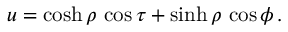
u = \cosh \rho \, \cos \tau + \sinh \rho \, \cos \phi \, .